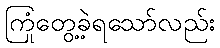
ကြုံတွေ့ခဲ့ရသော်လည်း